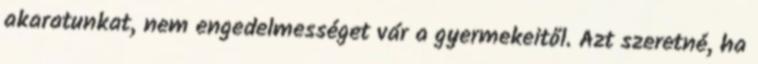
akaratunkat, nem engedelmességet vár a gyermekeitől. Azt szeretné, ha